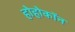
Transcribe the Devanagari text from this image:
होहोकॉन